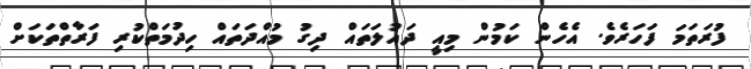
ފުރަތަމަ ފަހަރެވެ. އެހެން ކަމުން މިއީ ދައުލަތައް ދިގު މުއްދަތައް ހިދުމަތްކުރި ފަރާތްތަކަށް